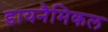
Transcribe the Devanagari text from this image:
डायनैमिकल